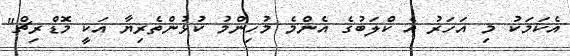
އެކަމަކު މި އަހަރު އެ ކްލަބުގެ އެންމެ މުހިންމު ކުޅުންތެރިޔާ އަކީ މޮޑްރިޗް"